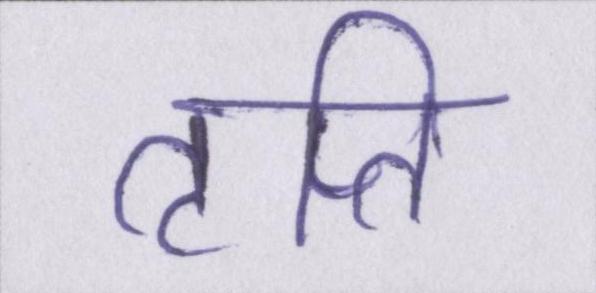
तृप्ति